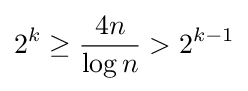
2^{k}\geq {\frac {4n}{\log n}}>2^{k-1}